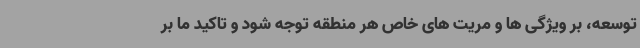
توسعه، بر ویژگی ها و مریت های خاص هر منطقه توجه شود و تاکید ما بر